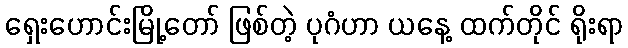
ရှေးဟောင်းမြို့တော် ဖြစ်တဲ့ ပုဂံဟာ ယနေ့ ထက်တိုင် ရိုးရာ